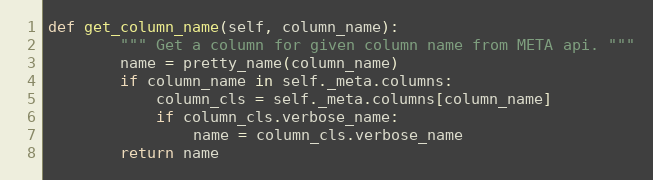
Language: Python
def get_column_name(self, column_name):
        """ Get a column for given column name from META api. """
        name = pretty_name(column_name)
        if column_name in self._meta.columns:
            column_cls = self._meta.columns[column_name]
            if column_cls.verbose_name:
                name = column_cls.verbose_name
        return name